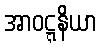
အာဝဋ္ဋနိယာ